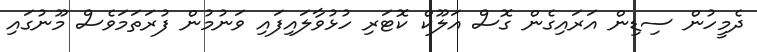
ދެމީހުން ސިޑިން އަރައިގެން ގޮސް އަލޫކް ކޮޓަރި ހުޅުވާލައިފައި ވަނުމުން ފުރަތަމަވެސް މޫނުގައި